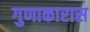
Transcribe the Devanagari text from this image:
गुणाकारास